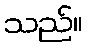
သည်။